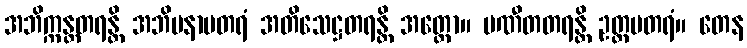
အဘိက္ကန္တတရန္တိ အဘိမနာပတရံ အတိသေဋ္ဌတရန္တိ အတ္ထော။ ပဏီတတရန္တိ ဥတ္တမတရံ။ တေန